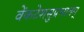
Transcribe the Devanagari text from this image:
वेंकटेशसुप्रभातम्